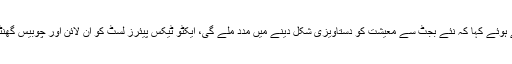
راولپنڈی چیمبر آف کامرس کے صدر ملک شاہد سلیم نے مالی بجٹ پر ردعمل دیتے ہوئے کہا کہ نئے بجٹ سے معیشت کو دستاویزی شکل دینے میں مدد ملے گی، ایکٹو ٹیکس پیئرز لسٹ کو آن لائن اور چوبیس گھنٹے میں اپڈیٹ کرنے کا فیصلہ خوش آئند ہے، ٹیکس دہندگان کے لیے سہولت ہو گی۔